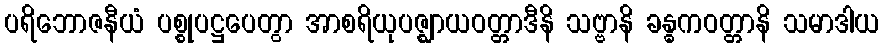
ပရိဘောဇနီယံ ပစ္စုပဋ္ဌပေတွာ အာစရိယုပဇ္ဈာယဝတ္တာဒီနိ သဗ္ဗာနိ ခန္ဓကဝတ္တာနိ သမာဒါယ